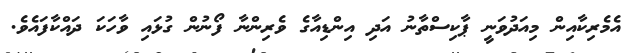
އެމެރިކާއިން މިއަދުވަނީ ޕާކިސްތާނު އަދި އިންޑިއާގެ ވެރިންނާ ފޯނުން ގުޅައި ވާހަކަ ދައްކާފައެވެ.